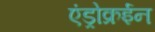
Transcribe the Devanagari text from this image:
एंड्रोक्रईन